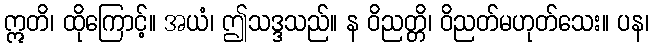
ဣတိ၊ ထိုကြောင့်။ အယံ၊ ဤသဒ္ဒသည်။ န ဝိညတ္တိ၊ ဝိညတ်မဟုတ်သေး။ ပန၊